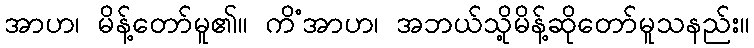
အာဟ၊ မိန့်တော်မူ၏။ ကိံအာဟ၊ အဘယ်သို့မိန့်ဆိုတော်မူသနည်း။